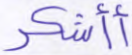
أأشكر